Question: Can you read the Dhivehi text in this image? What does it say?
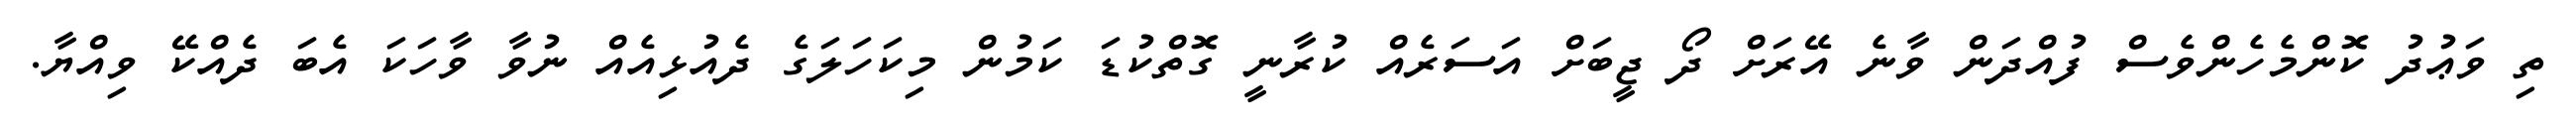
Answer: ތި ވަޢުދު ކޮންމެހެންވެސް ފުއްދަން ވާނެ އޭރަށް ދޯ ޖީބަށް އަސަރެއް ކުރާނީ ގޮތްކުޑަ ކަމުން މިކަހަލަގެ ދެއުޅިއެއް ނުވާ ވާހަކަ އެބަ ދެއްކޭ ވިއްޔާ.